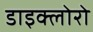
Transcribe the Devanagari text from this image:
डाइक्लोरो